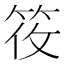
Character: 𬔼